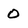
Character: O